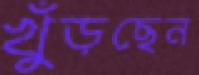
খুঁড়ছেন